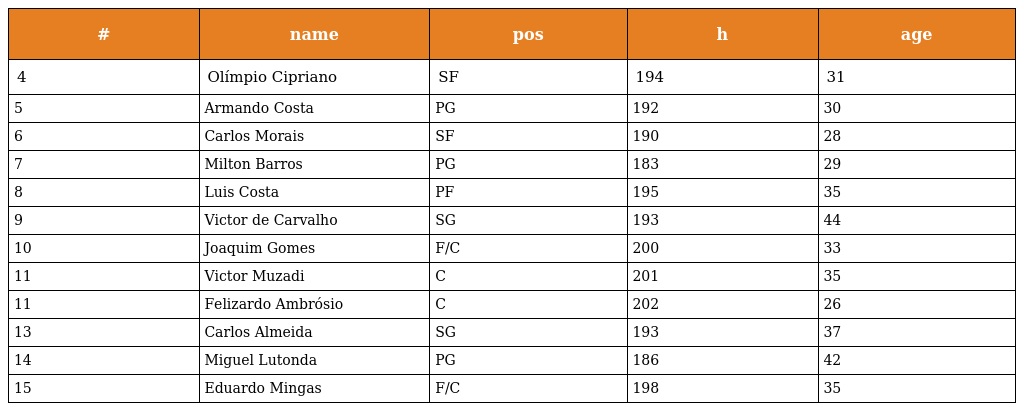
| # | name | pos | h | age |
 | --- | --- | --- | --- | --- |
 | 4 | Olímpio Cipriano | SF | 194 | 31 |
 | 5 | Armando Costa | PG | 192 | 30 |
 | 6 | Carlos Morais | SF | 190 | 28 |
 | 7 | Milton Barros | PG | 183 | 29 |
 | 8 | Luis Costa | PF | 195 | 35 |
 | 9 | Victor de Carvalho | SG | 193 | 44 |
 | 10 | Joaquim Gomes | F/C | 200 | 33 |
 | 11 | Victor Muzadi | C | 201 | 35 |
 | 11 | Felizardo Ambrósio | C | 202 | 26 |
 | 13 | Carlos Almeida | SG | 193 | 37 |
 | 14 | Miguel Lutonda | PG | 186 | 42 |
 | 15 | Eduardo Mingas | F/C | 198 | 35 |